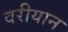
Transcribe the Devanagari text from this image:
वरीयान